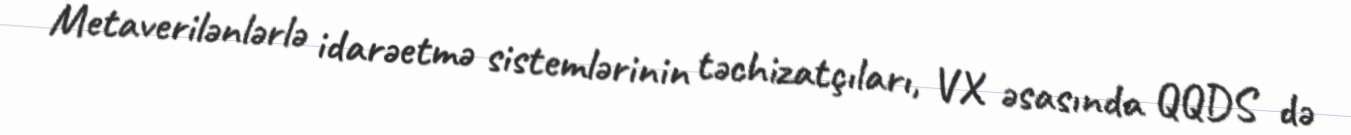
Metaverilənlərlə idarəetmə sistemlərinin təchizatçıları, VX əsasında QQDS də